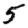
Digit: 5